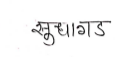
मजकूर: सुधागड